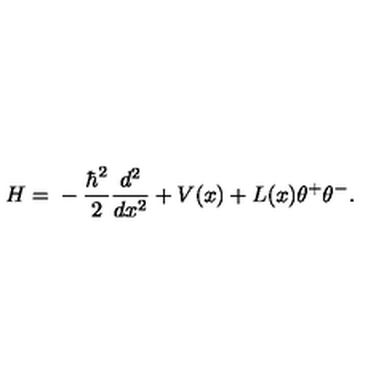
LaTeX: H = { } - \frac { \hbar ^ { 2 } } { 2 } \frac { d ^ { 2 } } { d x ^ { 2 } } + V ( x ) + L ( x ) \theta ^ { + } \theta ^ { - } .